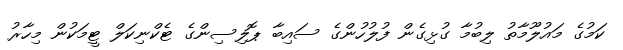
ކަމުގެ މައުލޫމާތު ލިބުމާ ގުޅިގެން ފުލުހުންގެ ސައިބާ ޕޮލިސިންގެ ޓެކްނިކަލް ޓީމަކުން މިހާރު